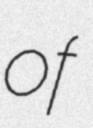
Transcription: of